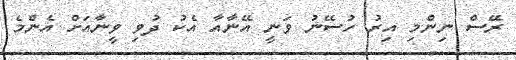
ރޭސް ނިންމި އިރު ހުސޭނު ވަނީ އޭނާއާ އެކު ދުވި ވީނާއަށް އެންމެ